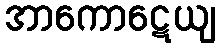
အာကောဋေယျ